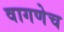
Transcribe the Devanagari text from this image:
वागणेच